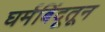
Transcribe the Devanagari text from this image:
घर्मबिंदूतून